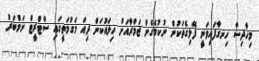
މިހާދިސާ ހިނގާފައިވަނީ ފޭލިގެތަކުން ނުކުމެގެން ޖަމްރާއަށް ހިލައުކަން ދިއަ މަގުމަތީގައި ސްޓްރީޓް ނަމްބަރު